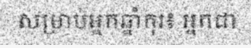
សម្រាប់អ្នកឆ្នាំកុរ៖ អ្នកជា